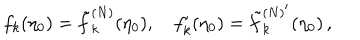
f _ { k } ( \eta _ { 0 } ) = \tilde { f } _ { k } ^ { ( N ) } ( \eta _ { 0 } ) , \quad f _ { k } ^ { \prime } ( \eta _ { 0 } ) = { \tilde { f } _ { k } ^ { ( N ) ^ { \scriptstyle \prime } } } ( \eta _ { 0 } ) \, ,